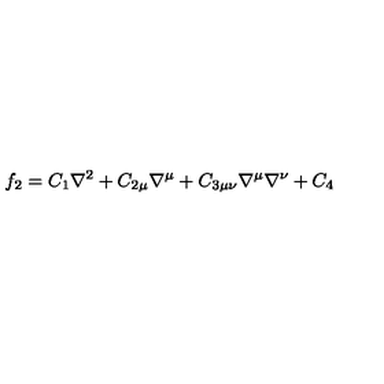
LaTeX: f _ { 2 } = C _ { 1 } \nabla ^ { 2 } + C _ { 2 \mu } \nabla ^ { \mu } + C _ { 3 \mu \nu } \nabla ^ { \mu } \nabla ^ { \nu } + C _ { 4 }